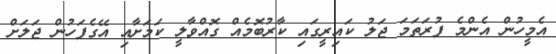
އެމީހުން އެންމެ ފުރަތަމަ ޖަލު ކައިރީގައި ކާރުބޮމެއް ގޮއްވާލީ ކަމަށާއި އޭގެފަހުން ޖަލަށް